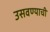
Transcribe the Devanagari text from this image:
उसवण्याची